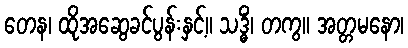
တေန၊ ထိုအဆွေခင်ပွန်းနှင့်။ သဒ္ဓိံ၊ တကွ။ အတ္တမနော၊